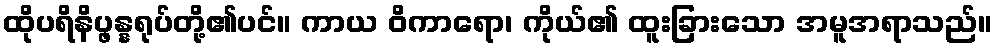
ထိုပရိနိပ္ဖန္နရုပ်တို့၏ပင်။ ကာယ ဝိကာရော၊ ကိုယ်၏ ထူးခြားသော အမူအရာသည်။